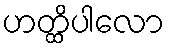
ဟတ္ထိပါလော